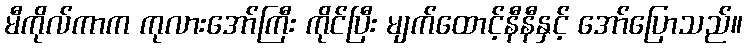
မီကိုလ်ကာက ကုလားအော်ကြီး ကိုင်ပြီး မျက်ထောင့်နီနီနှင့် အော်ပြောသည်။